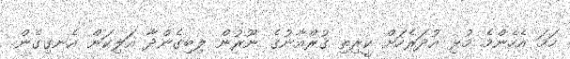
ހަމަ އެހެންމެ މުޅި އުދަރެހަށް ކީރިތި ޤުރްއާނުގެ ނޫރުން ލިބިގެންދާ އަލިކަން އެނގިގެން